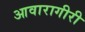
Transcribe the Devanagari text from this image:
आवारागीरी